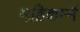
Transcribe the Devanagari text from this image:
महिकर्म्म